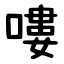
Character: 嘍